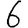
Digit: 6